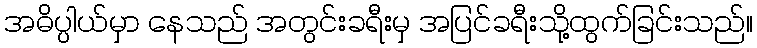
အဓိပ္ပါယ်မှာ နေသည် အတွင်းခရီးမှ အပြင်ခရီးသို့ထွက်ခြင်းသည်။